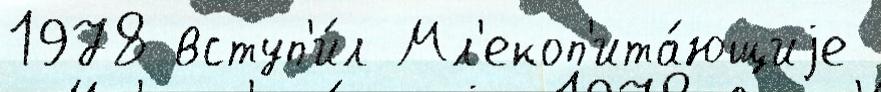
1978 вступ'и́л Мл'екоп'ита́ющиjе